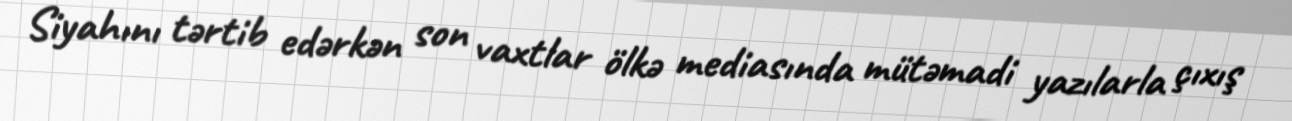
Siyahını tərtib edərkən son vaxtlar ölkə mediasında mütəmadi yazılarla çıxış